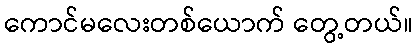
ကောင်မလေးတစ်ယောက် တွေ့တယ်။